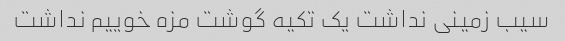
سیب زمینی نداشت یک تکیه گوشت مزه خوییم نداشت